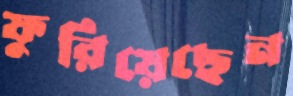
ফুরিয়েছেন